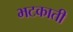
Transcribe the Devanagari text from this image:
भटकाती